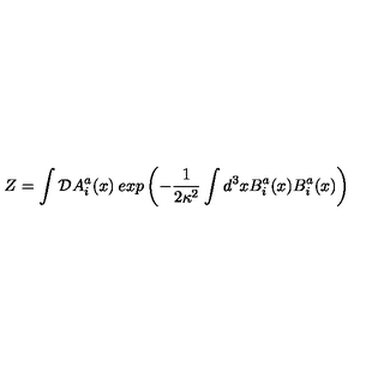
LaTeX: Z = \int { \cal D } A _ { i } ^ { a } ( x ) \: e x p \left( - \frac { 1 } { 2 \kappa ^ { 2 } } \int d ^ { 3 } x B _ { i } ^ { a } ( x ) B _ { i } ^ { a } ( x ) \right)